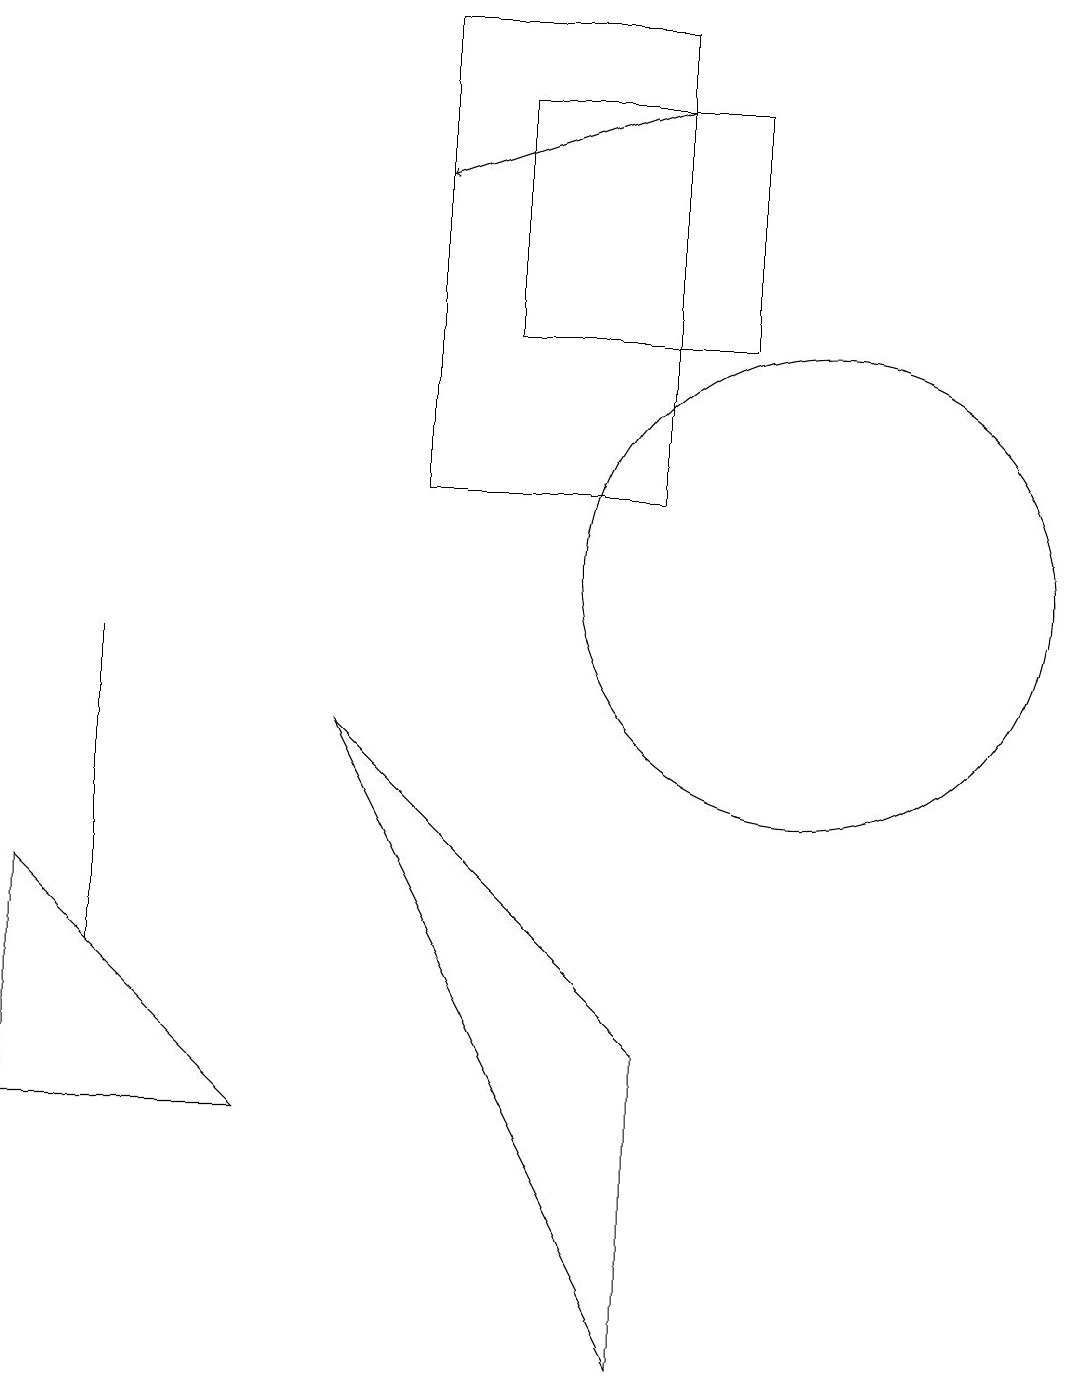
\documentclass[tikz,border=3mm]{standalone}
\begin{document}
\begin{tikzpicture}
\draw[->] (8,16) -- (5,15);
\draw (10,10) circle (3);
\draw (6,16) rectangle (9,13);
\draw (0,3) -- (0,6) -- (3,3) -- cycle;
\draw (8,0) -- (4,8) -- (8,4) -- cycle;
\draw (1,9) -- (1,5) -- (1,7) -- cycle;
\draw (8,11) rectangle (5,17);
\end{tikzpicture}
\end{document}